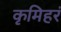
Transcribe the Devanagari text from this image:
कृमिहरं